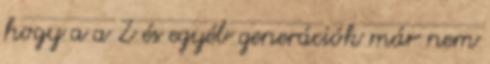
hogy a a Z és egyéb generációk már nem